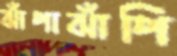
ঝাঁপাঝাঁপি